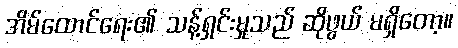
အိမ်ထောင်ရေး၏ သန့်ရှင်းမှုသည် ဆိုဖွယ် မရှိတော့။